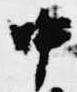
中